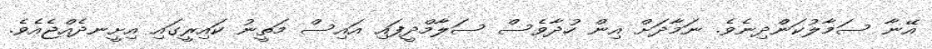
އޭނާ ސަމާލުކަންދިނެވެ. ނަމާދަށް އިން ހުދާވެސް ސަލާމްދީފައި އައިސް މަތީނު ކައިރީގައި އިށީނދެއްޖެއެވެ.